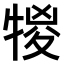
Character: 𤚠